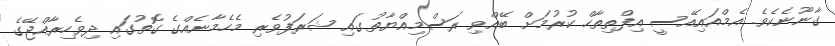
ގާނޫނެކެވެ. އެމްއައިއޭސީ އިފްތިތާހް ކުރުމަށް ބޭއްވި ރަސްމިއްޔާތުގައި ޝަރަފުވެރި މެހެމާނެއްގެ ގޮތުގައި ދިވެހިރާއްޖޭގެ